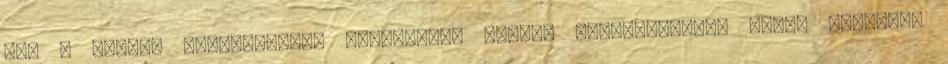
ami a lehető legszélesebb közönséget akarja megszólítani, ezért ódzkodik